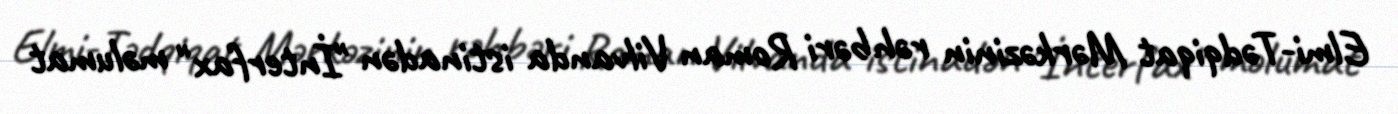
Elmi-Tədqiqat Mərkəzinin rəhbəri Roman Vilvanda istinadən "İnterfax" məlumat